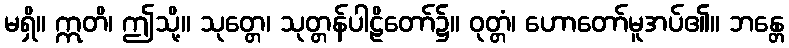
မရှိ။ ဣတိ၊ ဤသို့။ သုတ္တေ၊ သုတ္တန်ပါဠိတော်၌။ ဝုတ္တံ၊ ဟောတော်မူအပ်၏။ ဘန္တေ